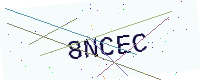
Text: 8NCEC